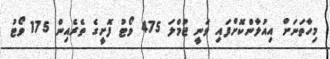
މިހާތަނަށް އިއުލާންކޮށްފައި ވަނީ ޖުމްލަ 475 ވޯޓު ފޮށީގެ ތެރެއިން 175 ވޯޓު